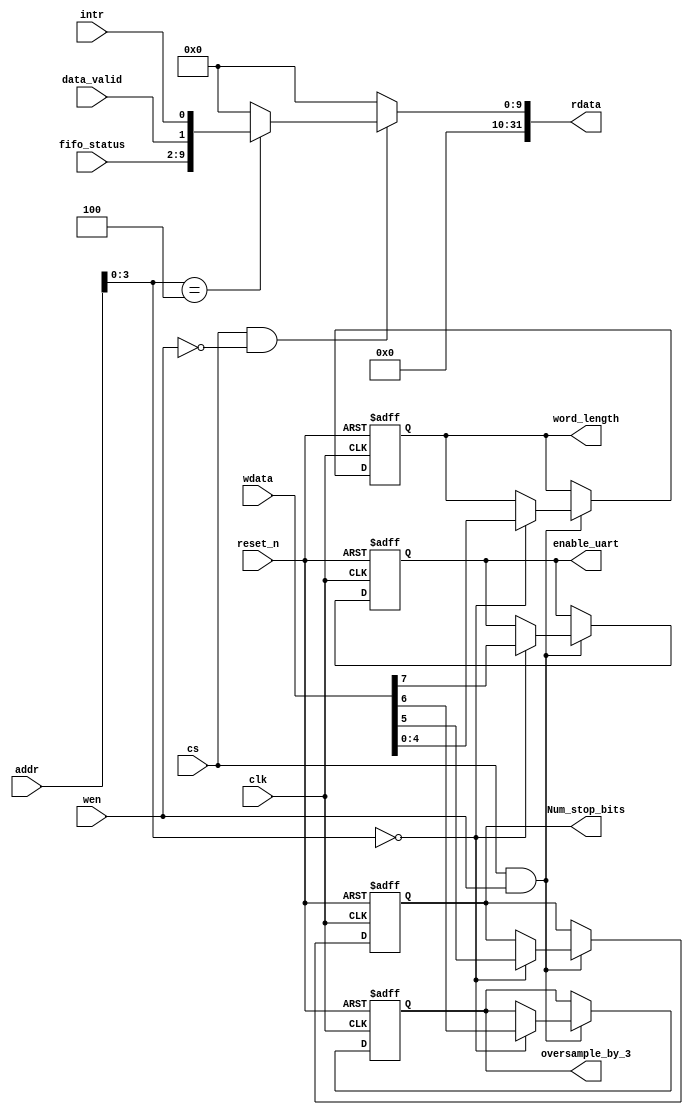
module Reg_file
(
	clk,
	reset_n,

	cs,
	wen,
	addr,
	wdata,
	rdata,

	word_length,
	Num_stop_bits,
	oversample_by_3,
  enable_uart,
	
	fifo_status,
	data_valid,
	intr

);

parameter CNTRL0 = 4'd0;
parameter CNTRL1 = 4'd4;
parameter DATA_REG = 4'd8;


   input wire clk;
   input wire reset_n;

   input wire cs;
   input wire wen;
   input wire [31:0] addr;
   input wire [31:0] wdata;
   output reg [31:0]rdata;

   output reg [4:0]word_length;
   output reg Num_stop_bits;
   output reg oversample_by_3;
   output reg enable_uart;
   
   input wire [7:0]fifo_status;
   input wire data_valid;
   input wire intr;
   
always@(posedge clk or negedge reset_n)
begin
	if(~reset_n)
	begin
		word_length <= 4'b0;
		Num_stop_bits <= 1'b0;
		oversample_by_3 <= 1'b0;
    enable_uart <= 1'd0;
	end
	else
	begin
		if(cs & wen)
		begin
		case(addr[3:0])
			CNTRL0:
			begin
			word_length <= wdata[4:0];
			Num_stop_bits <= wdata[5];
			oversample_by_3 <= wdata[6];
      enable_uart <= wdata[7];
			end
			default: begin end
		endcase
		end
	end
end

always@(*)
begin
	if(cs & ~wen)
	begin
		rdata = {32{1'b0}};
		case(addr[3:0])
		CNTRL1:
		begin
			rdata = {22'd0,fifo_status,data_valid,intr};
		end
		endcase
	end
	else
	begin
		rdata = {32{1'b0}};
	end
end

endmodule